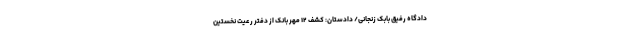
دادگاه رفیق بابک زنجانی/ دادستان: کشف ۱۲ مهر بانک از دفتر رعیت نخستین